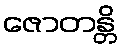
ဇောတန္တိ